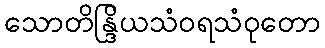
သောတိန္ဒြိယသံဝရသံဝုတော